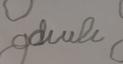
Signature authenticity: forged